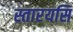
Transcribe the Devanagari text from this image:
स्तारयसि